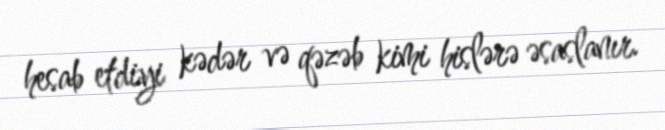
hesab etdiyi kədər və qəzəb kimi hislərə əsaslanır.